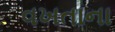
વખતાના